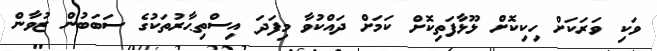
ވަކި ވަރަކަށް ހިކިކޮށް ޅޫޅާފަތިކޮށް ކަމަށް ދައްކުވާ މިފަދަ އިސްތިޙާރުތަކުގެ ސަބަބުން ޒުވާން